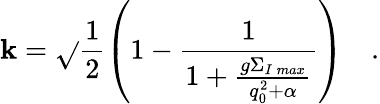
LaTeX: \mathbf{k}=\sqrt{}{{\frac{{1}}{{2}}\left(1-\frac{{1}}{{1+\frac{{g\Sigma_{I\, max}}}{{q_{0}^{2}+\alpha}}}}\right)}}\quad.